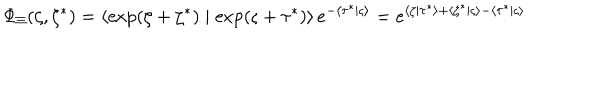
\Phi _ { \Xi } ( \zeta , \zeta ^ { * } ) = \left\langle \exp ( \zeta + \zeta ^ { * } ) \mid \exp ( \varsigma + \tau ^ { * } ) \right\rangle e ^ { - \left\langle \tau ^ { * } \mid \varsigma \right\rangle } = e ^ { \left\langle \zeta \mid \tau ^ { * } \right\rangle + \left\langle \zeta ^ { * } \mid \varsigma \right\rangle - \left\langle \tau ^ { * } \mid \varsigma \right\rangle }